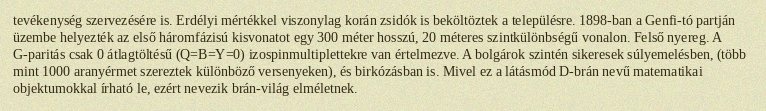
tevékenység szervezésére is. Erdélyi mértékkel viszonylag korán zsidók is beköltöztek a településre. 1898-ban a Genfi-tó partján üzembe helyezték az első háromfázisú kisvonatot egy 300 méter hosszú, 20 méteres szintkülönbségű vonalon. Felső nyereg. A G-paritás csak 0 átlagtöltésű (Q=B=Y=0) izospinmultiplettekre van értelmezve. A bolgárok szintén sikeresek súlyemelésben, (több mint 1000 aranyérmet szereztek különböző versenyeken), és birkózásban is. Mivel ez a látásmód D-brán nevű matematikai objektumokkal írható le, ezért nevezik brán-világ elméletnek.